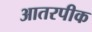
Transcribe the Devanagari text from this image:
आतरपीक